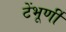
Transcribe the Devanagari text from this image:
टेंभूर्णी